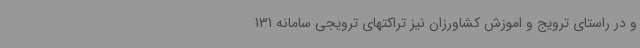
و در راستای ترویج و اموزش کشاورزان نیز تراکتهای ترویجی سامانه 131